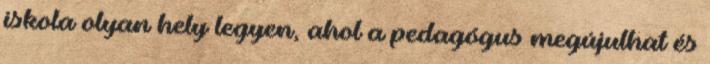
iskola olyan hely legyen, ahol a pedagógus megújulhat és